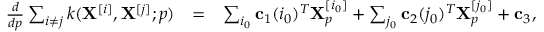
\begin{array} { r l r } { \frac { d } { d { p } } \sum _ { i \neq j } k ( \mathbf { X } ^ { [ i ] } , \mathbf { X } ^ { [ j ] } ; p ) } & { = } & { \sum _ { i _ { 0 } } \mathbf { c } _ { 1 } ( i _ { 0 } ) ^ { T } \mathbf { X } _ { p } ^ { [ i _ { 0 } ] } + \sum _ { j _ { 0 } } \mathbf { c } _ { 2 } ( j _ { 0 } ) ^ { T } \mathbf { X } _ { p } ^ { [ j _ { 0 } ] } + \mathbf { c } _ { 3 } , } \end{array}